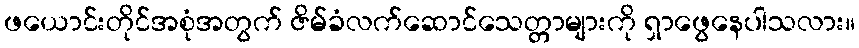
ဖယောင်းတိုင်အစုံအတွက် ဇိမ်ခံလက်ဆောင်သေတ္တာများကို ရှာဖွေနေပါသလား။